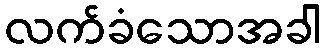
လက်ခံသောအခါ